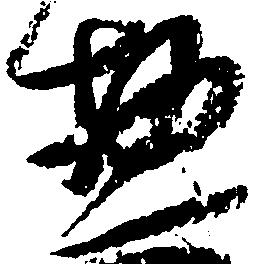
惣